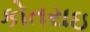
કોતરાઇ